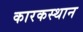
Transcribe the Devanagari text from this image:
कारकस्थान